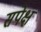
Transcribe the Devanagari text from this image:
सपेक्ष